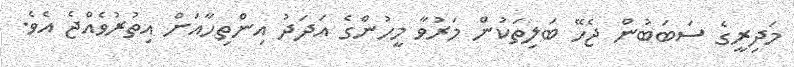
މަދިރީގެ ސަބަބުން ޖެހޭ ބަލިތަކުން މަރުވާ މީހުންގެ އަދަދު އިންތިހާއަށް އިތުރުވެއްޖެ އެވެ.